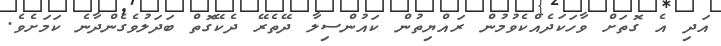
އަދި އެ ގޮތަށް ވާހަކަދެއްކެވުމުން ރައްޔިތުން ކައުންސިލާ ދޭތެރޭ ދެކޭގޮތް ބަދަލުވެގެންދާނެ ކަމަށެވެ.